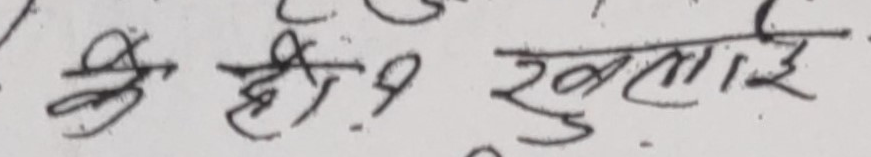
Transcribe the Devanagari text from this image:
कै ही र खुलाई